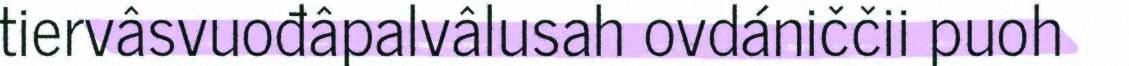
tiervâsvuođâpalvâlusah ovdániččii puoh